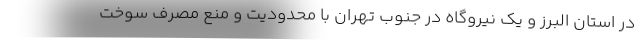
در استان البرز و یک نیروگاه در جنوب تهران با محدودیت و منع مصرف سوخت